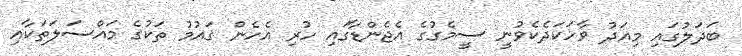
ބަދަލުގައި މިއަދު ވާހަކަދެކެވުނީ ސީމެގުގެ އެޖެންޑާގައި ހުރި އެހެން ޤައުމު ތަކުގެ މައްސަލަތަކާއި